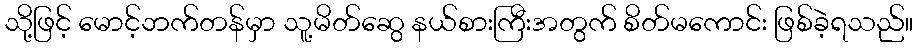
သို့ဖြင့် မောင့်ဘက်တန်မှာ သူ့မိတ်ဆွေ နယ်စားကြီးအတွက် စိတ်မကောင်း ဖြစ်ခဲ့ရသည်။